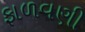
ફાળવણી